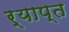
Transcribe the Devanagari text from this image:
र्याप्त